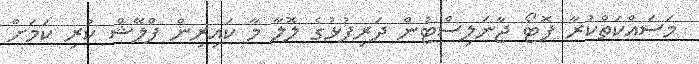
މަސައްކަތްކުރާ ފޮޓޯ ޖާނަލިސްޓުން ދަރިފުޅުގެ ލޮލާ މާ ކައިރިން ފްލޭޝް ކުރި ކަމަށް